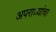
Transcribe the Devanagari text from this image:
अपराध्यांचा